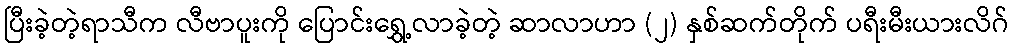
ပြီးခဲ့တဲ့ရာသီက လီဗာပူးကို ပြောင်းရွှေ့လာခဲ့တဲ့ ဆာလာဟာ (၂) နှစ်ဆက်တိုက် ပရီးမီးယားလိဂ်